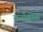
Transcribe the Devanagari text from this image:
बर्नाडोस